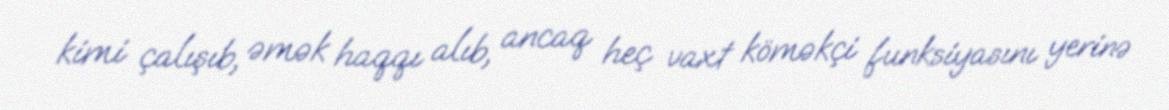
kimi çalışıb, əmək haqqı alıb, ancaq heç vaxt köməkçi funksiyasını yerinə